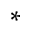
^ *